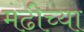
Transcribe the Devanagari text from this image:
मढीच्या